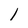
Character: l